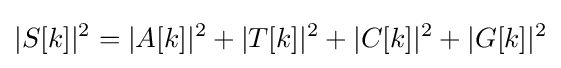
|S[k]|^{2}=|A[k]|^{2}+|T[k]|^{2}+|C[k]|^{2}+|G[k]|^{2}